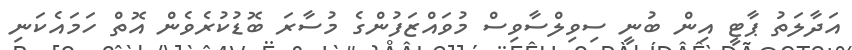
އަދާލަތު ޕާޓީ އިން ބުނީ ސިވިލްސާވިސް މުވައްޒަފުންގެ މުސާރަ ބޮޑުކުރެވެން އޮތް ހަމައެކަނި